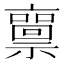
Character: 𥜘